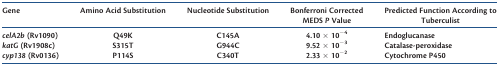
| Gene | Amino Acid Substitution | Nucleotide Substitution | Bonferroni Corrected MEDS P Value | Predicted Function According to Tuberculist |
 | --- | --- | --- | --- | --- |
 | celA2b (Rv1090) | Q49K | C145A | 4.10 × 10−4 | Endoglucanase |
 | katG (Rv1908c) | S315T | G944C | 9.52 × 10−3 | Catalase-peroxidase |
 | cyp138 (Rv0136) | P114S | C340T | 2.33 × 10−2 | Cytochrome P450 |